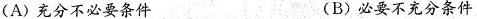
(A)充分不必要条件 (B)必要不充分条件